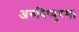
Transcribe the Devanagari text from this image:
अरुविप्पुरम।